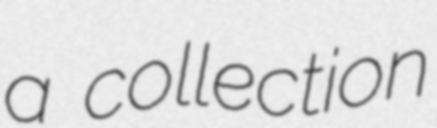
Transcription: a collection